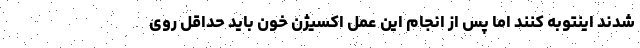
شدند اینتوبه کنند اما پس از انجام این عمل اکسیژن خون باید حداقل روی